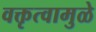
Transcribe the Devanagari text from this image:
वक्तृत्वामुळे